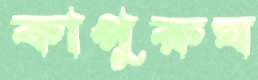
কাপুরুষ